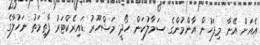
އެއަށް އޭނާ މިފަހުން އާންމުންގެ ސަމާލުކަން ހޯދީ މަޝްހޫރު ޑައިރެކްޓަރު ފާތިމަތު ނަހުލާގެ